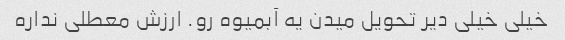
خیلی خیلی دیر تحویل میدن یه آبمیوه رو. ارزش معطلی نداره